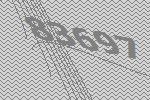
83697